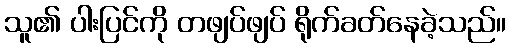
သူ၏ ပါးပြင်ကို တဖျပ်ဖျပ် ရိုက်ခတ်နေခဲ့သည်။